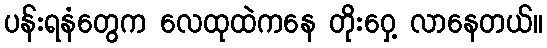
ပန်းရနံတွေက လေထုထဲကနေ တိုးဝှေ့ လာနေတယ်။